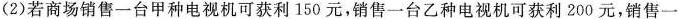
（2）若商场销售一台甲种电视机可获利150元，销售一台乙种电视机可获利200元，销售一